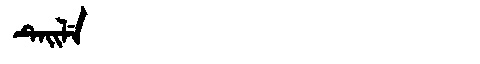
Manchu: ᡨᡝᡳᠯᡝ
Romanization: TEILE